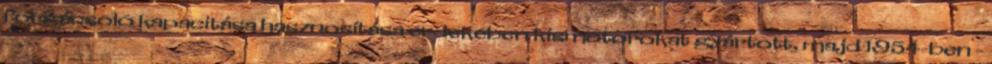
forgácsoló kapacitása hasznosítása érdekében kismotorokat gyártott, majd 1954-ben -